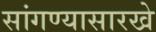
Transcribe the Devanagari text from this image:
सांगण्यासारखे